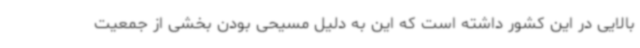
بالایی در این کشور داشته است که این به دلیل مسیحی بودن بخشی از جمعیت